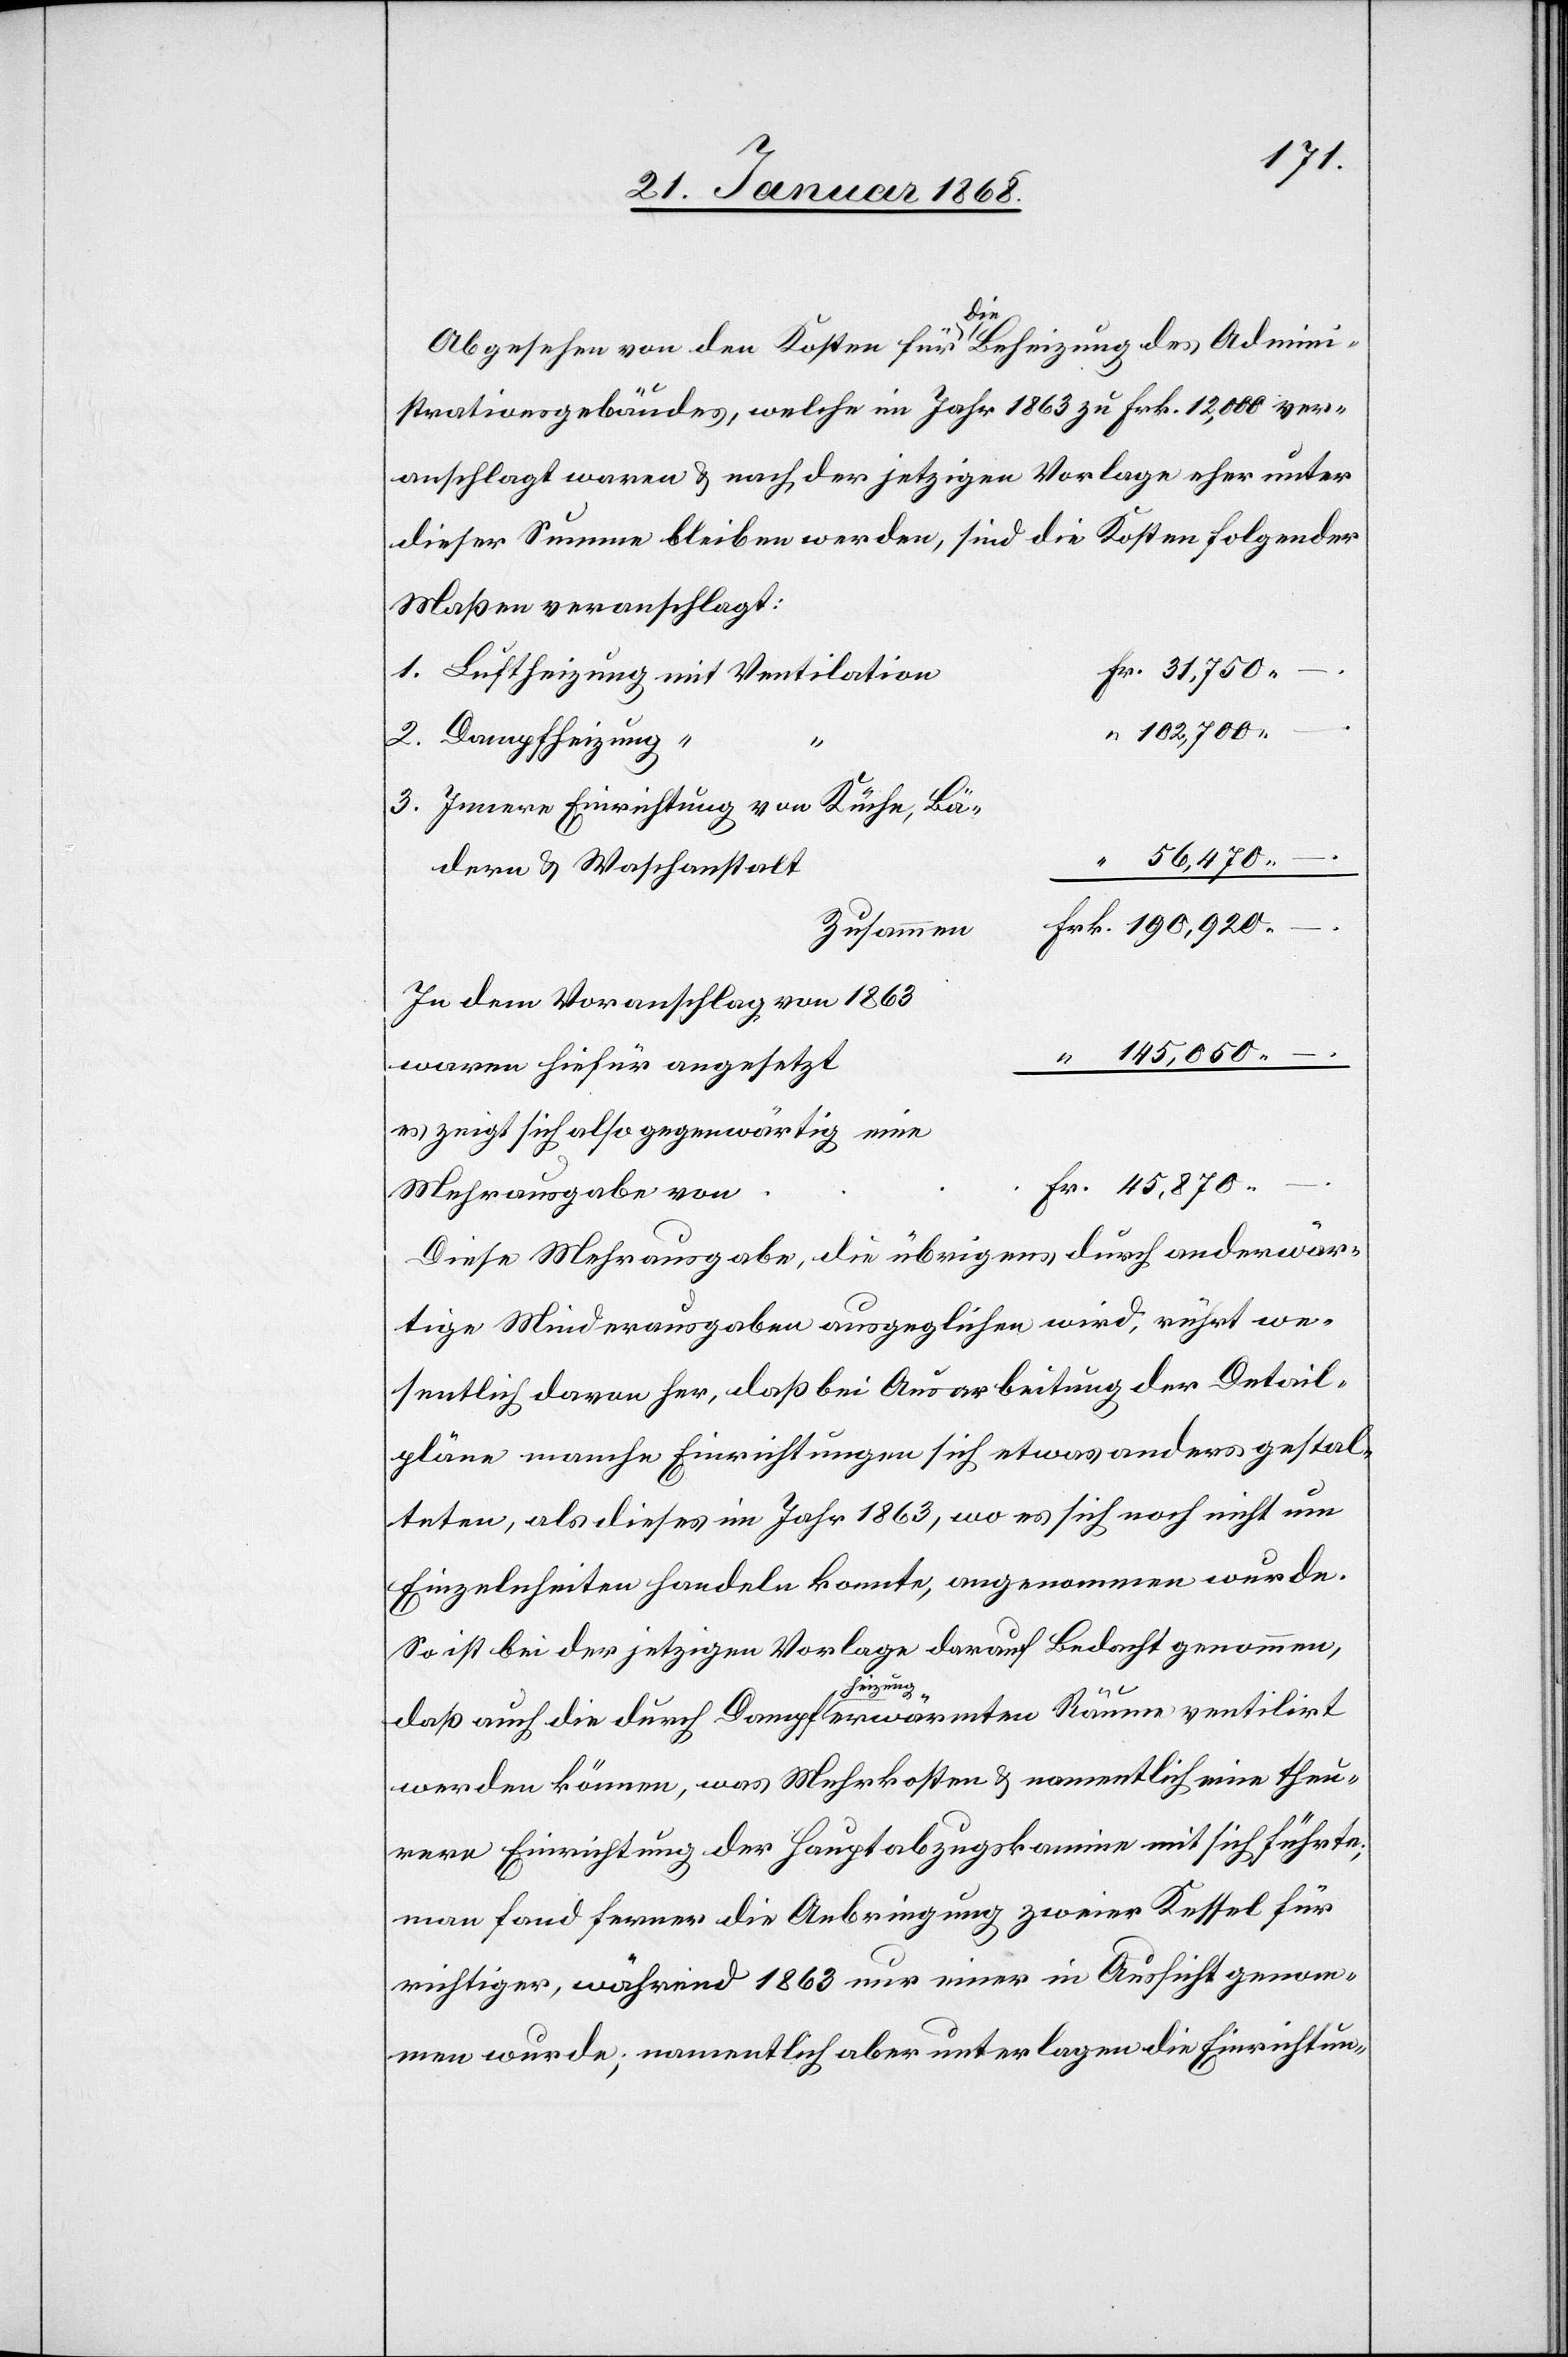
Abgesehen von den Kosten für die Beheizung des Admini¬
strationsgebäudes, welche im Jahr 1863 zu Frk. 12,000 ver¬
anschlagt waren & nach der jetzigen Vorlage eher unter
dieser Summe bleiben werden, sind die Kosten folgender
Maßen veranschlagt:
–.
Fr. 31,750
Luftheizung mit Ventilation
“ 102,700
Innere Einrichtung von Küche, Bä¬
“ 56,470
dern & Waschanstalt
Frk. 190,920
–.
Zusammen
In dem Voranschlag von 1863
“ 145,050 –.
waren hiefür angesetzt
Ventilation]
es zeigt sich also gegenwärtig eine
Fr. 45,870
Mehrausgabe von
Diese Mehrausgabe, die übrigens durch anderwär¬
tige Minderausgaben ausgeglichen wird, rührt we¬
sentlich davon her, daß bei Ausarbeitung der Detail¬
pläne manche Einrichtungen sich etwas anders gestal¬
teten, als dieses im Jahr 1863, wo es sich noch nicht um
Einzelnheiten handeln konnte, angenommen wurde.
So ist bei der jetzigen Vorlage darauf Bedacht genommen,
daß auch die durch Dampfheizung erwärmten Räume ventilirt
werden können, was Mehrkosten & namentlich eine theu¬
rere Einrichtung der Hauptabzugskamine mit sich führte;
man fand ferner die Anbringung zweier Kessel für
richtiger, während 1863 nur einer in Aussicht genom¬
men wurde; namentlich aber unterlagen die Einrichtun-